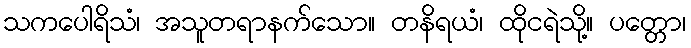
သကပေါရိသံ၊ အသူတရာနက်သော။ တနိရယံ၊ ထိုငရဲသို့။ ပတ္တော၊